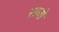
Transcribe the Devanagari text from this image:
सलों